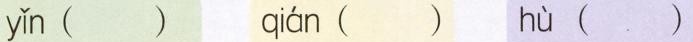
y\check{i}n ( ) qi\acute{a}n ( ) h\grave{u} ( )